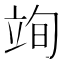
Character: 𮄮